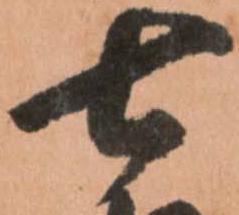
七